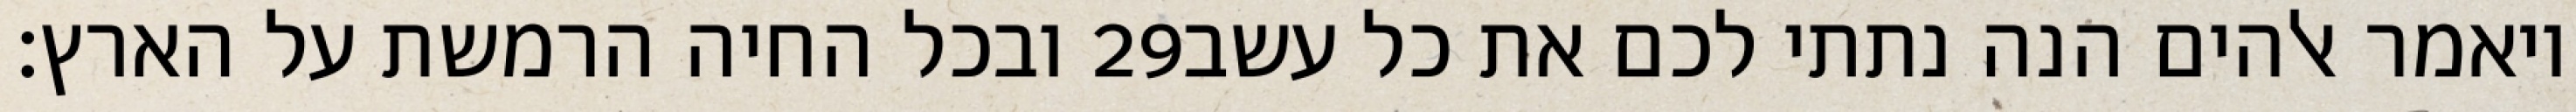
ובכל החיה הרמשת על הארץ׃ ‎29‏ ויאמר אלהים הנה נתתי לכם את כל עשב